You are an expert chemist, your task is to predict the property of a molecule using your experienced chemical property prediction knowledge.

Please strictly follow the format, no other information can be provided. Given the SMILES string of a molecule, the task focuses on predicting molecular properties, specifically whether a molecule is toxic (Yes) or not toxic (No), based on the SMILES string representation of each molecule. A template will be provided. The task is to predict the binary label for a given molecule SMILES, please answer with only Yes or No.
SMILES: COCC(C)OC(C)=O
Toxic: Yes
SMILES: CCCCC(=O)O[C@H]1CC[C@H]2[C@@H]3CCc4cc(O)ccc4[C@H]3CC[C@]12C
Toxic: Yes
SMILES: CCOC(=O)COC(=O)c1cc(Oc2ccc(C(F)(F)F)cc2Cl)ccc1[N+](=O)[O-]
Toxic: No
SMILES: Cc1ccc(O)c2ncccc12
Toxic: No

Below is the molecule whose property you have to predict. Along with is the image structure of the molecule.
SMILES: C(=C/c1ccccc1)\c1ccccc1
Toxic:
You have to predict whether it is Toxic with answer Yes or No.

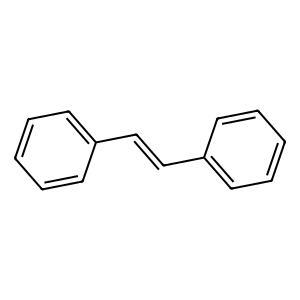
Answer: No